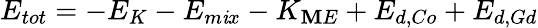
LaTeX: E_{tot}=-E_{K}-E_{m\mathit{i}x}-K_{\mathbf{M}E}+E_{d,Co}+E_{d,Gd}